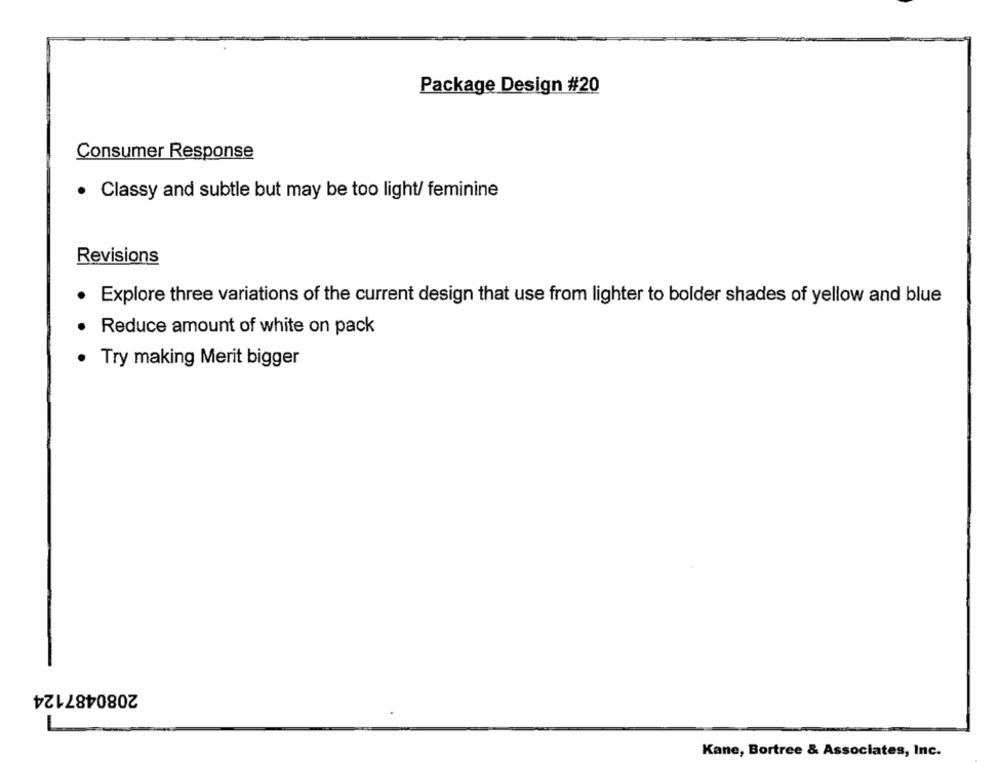
Package Design #20
Consumer Response
· Classy and subtle but may be too light/ feminine
Revisions
Explore three variations of the current design that use from lighter to bolder shades of yellow and blue
Reduce amount of white on pack
·Try making Merit bigger
2080487124
L
Kane, Bortree & Associates, Inc.